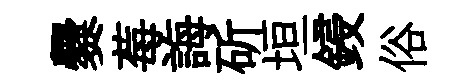
爨莓誨斫垣鋟俗